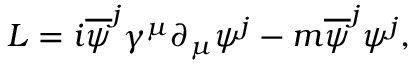
L = i \overline { { { \psi } } } ^ { j } { \gamma } ^ { \mu } \partial _ { \mu } { \psi } ^ { j } - m \overline { { { \psi } } } ^ { j } { \psi } ^ { j } ,